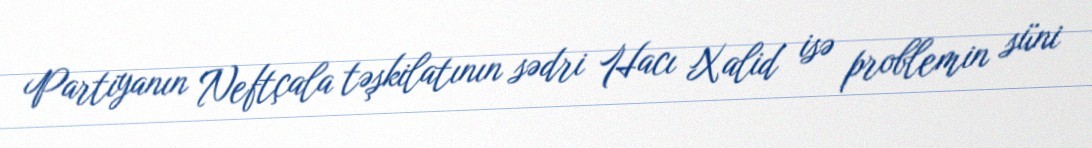
Partiyanın Neftçala təşkilatının sədri Hacı Xalid isə problemin süni